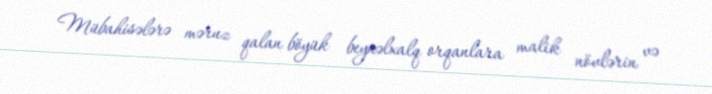
Mübahisələrə məruz qalan böyük beynəlxalq orqanlara malik növlərin və